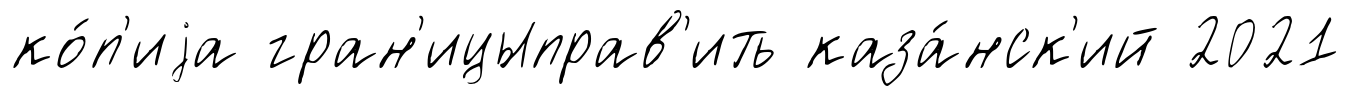
ко́п'иjа гран'ицыправ'ить каза́нск'ий 2021